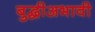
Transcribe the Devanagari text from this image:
बुद्धीअभावी